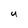
Character: U